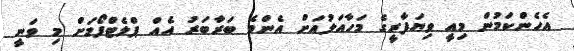
އެހެންކަމުން މިއީ ވިޔަފާރީގެ މަހާއަލުއަށް އެންމެ ބަރާބަރު އެއް ޕްލެޓްފޯމަށް މި ވަނީ